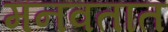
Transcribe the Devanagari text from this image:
मनवतात